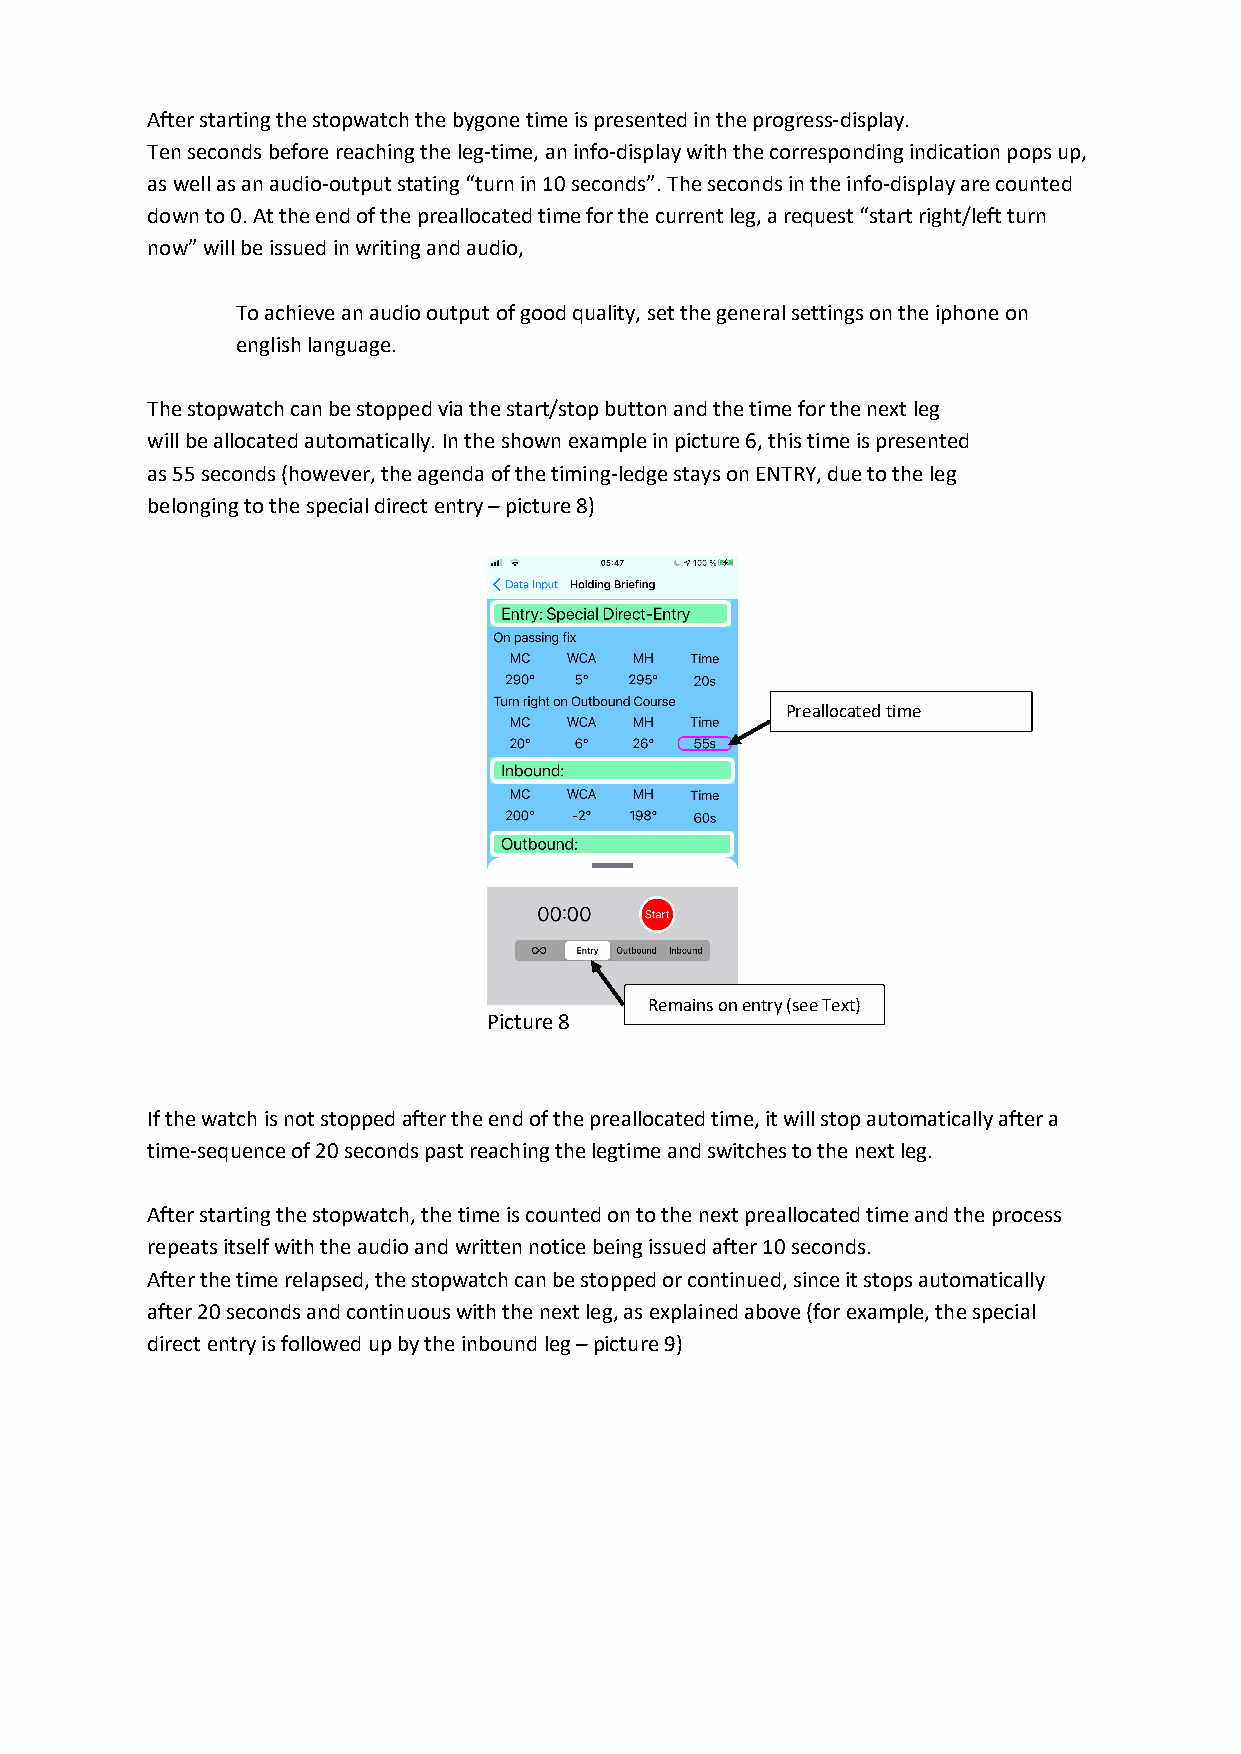
After starting the stopwatch the bygone time is presented in the progress-display.
 Ten seconds before reaching the leg-time, an info-display with the corresponding indication pops up,
 as well as an audio-output stating “turn in 10 seconds”. The seconds in the info-display are counted
 down to 0. At the end of the preallocated time for the current leg, a request “start right/left turn
 now” will be issued in writing and audio,
 To achieve an audio output of good quality, set the general settings on the iphone on
 english language.
 The stopwatch can be stopped via the start/stop button and the time for the next leg
 will be allocated automatically. In the shown example in picture 6, this time is presented
 as 55 seconds (however, the agenda of the timing-ledge stays on ENTRY, due to the leg
 belonging to the special direct entry – picture 8)
 Preallocated time
 Remains on entry (see Text)
 Picture 8
 If the watch is not stopped after the end of the preallocated time, it will stop automatically after a
 time-sequence of 20 seconds past reaching the legtime and switches to the next leg.
 After starting the stopwatch, the time is counted on to the next preallocated time and the process
 repeats itself with the audio and written notice being issued after 10 seconds.
 After the time relapsed, the stopwatch can be stopped or continued, since it stops automatically
 after 20 seconds and continuous with the next leg, as explained above (for example, the special
 direct entry is followed up by the inbound leg – picture 9)